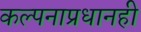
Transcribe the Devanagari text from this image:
कल्पनाप्रधानही